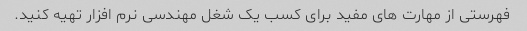
فهرستی از مهارت های مفید برای کسب یک شغل مهندسی نرم افزار تهیه کنید.